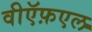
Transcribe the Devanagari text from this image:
वीऍफ़एल